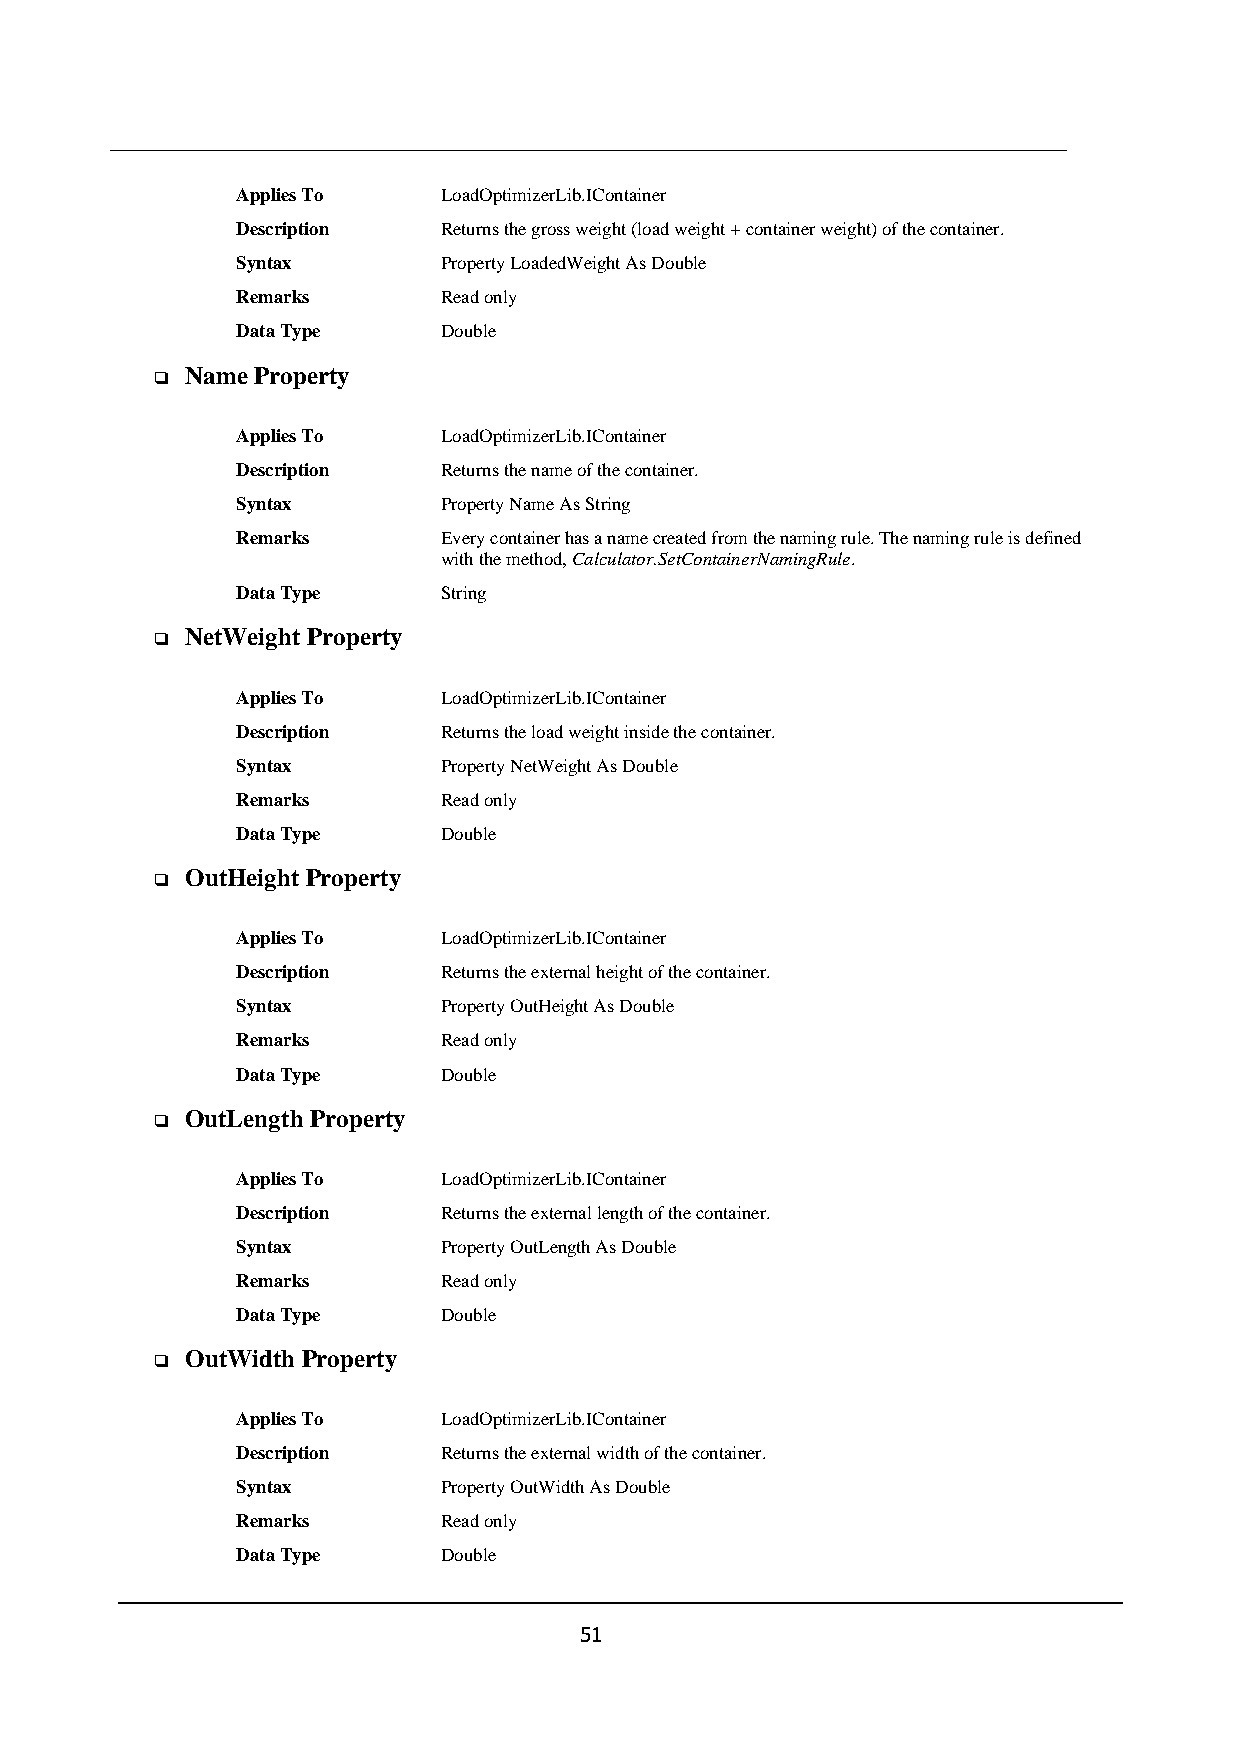
Applies To   LoadOptimizerLib.IContainer
 Description  Returns the gross weight (load weight + container weight) of the container.
 Syntax       Property LoadedWeight As Double
 Remarks      Read only
 Data Type    Double
 Name Property
 ❑
 Applies To   LoadOptimizerLib.IContainer
 Description  Returns the name of the container.
 Syntax       Property Name As String
 Remarks      Every container has a name created from the naming rule. The naming rule is defined
 with the method, Calculator.SetContainerNamingRule.
 Data Type    String
 NetWeight Property
 ❑
 Applies To   LoadOptimizerLib.IContainer
 Description  Returns the load weight inside the container.
 Syntax       Property NetWeight As Double
 Remarks      Read only
 Data Type    Double
 OutHeight Property
 ❑
 Applies To   LoadOptimizerLib.IContainer
 Description  Returns the external height of the container.
 Syntax       Property OutHeight As Double
 Remarks      Read only
 Data Type    Double
 OutLength Property
 ❑
 Applies To   LoadOptimizerLib.IContainer
 Description  Returns the external length of the container.
 Syntax       Property OutLength As Double
 Remarks      Read only
 Data Type    Double
 OutWidth Property
 ❑
 Applies To   LoadOptimizerLib.IContainer
 Description  Returns the external width of the container.
 Syntax       Property OutWidth As Double
 Remarks      Read only
 Data Type    Double
 51